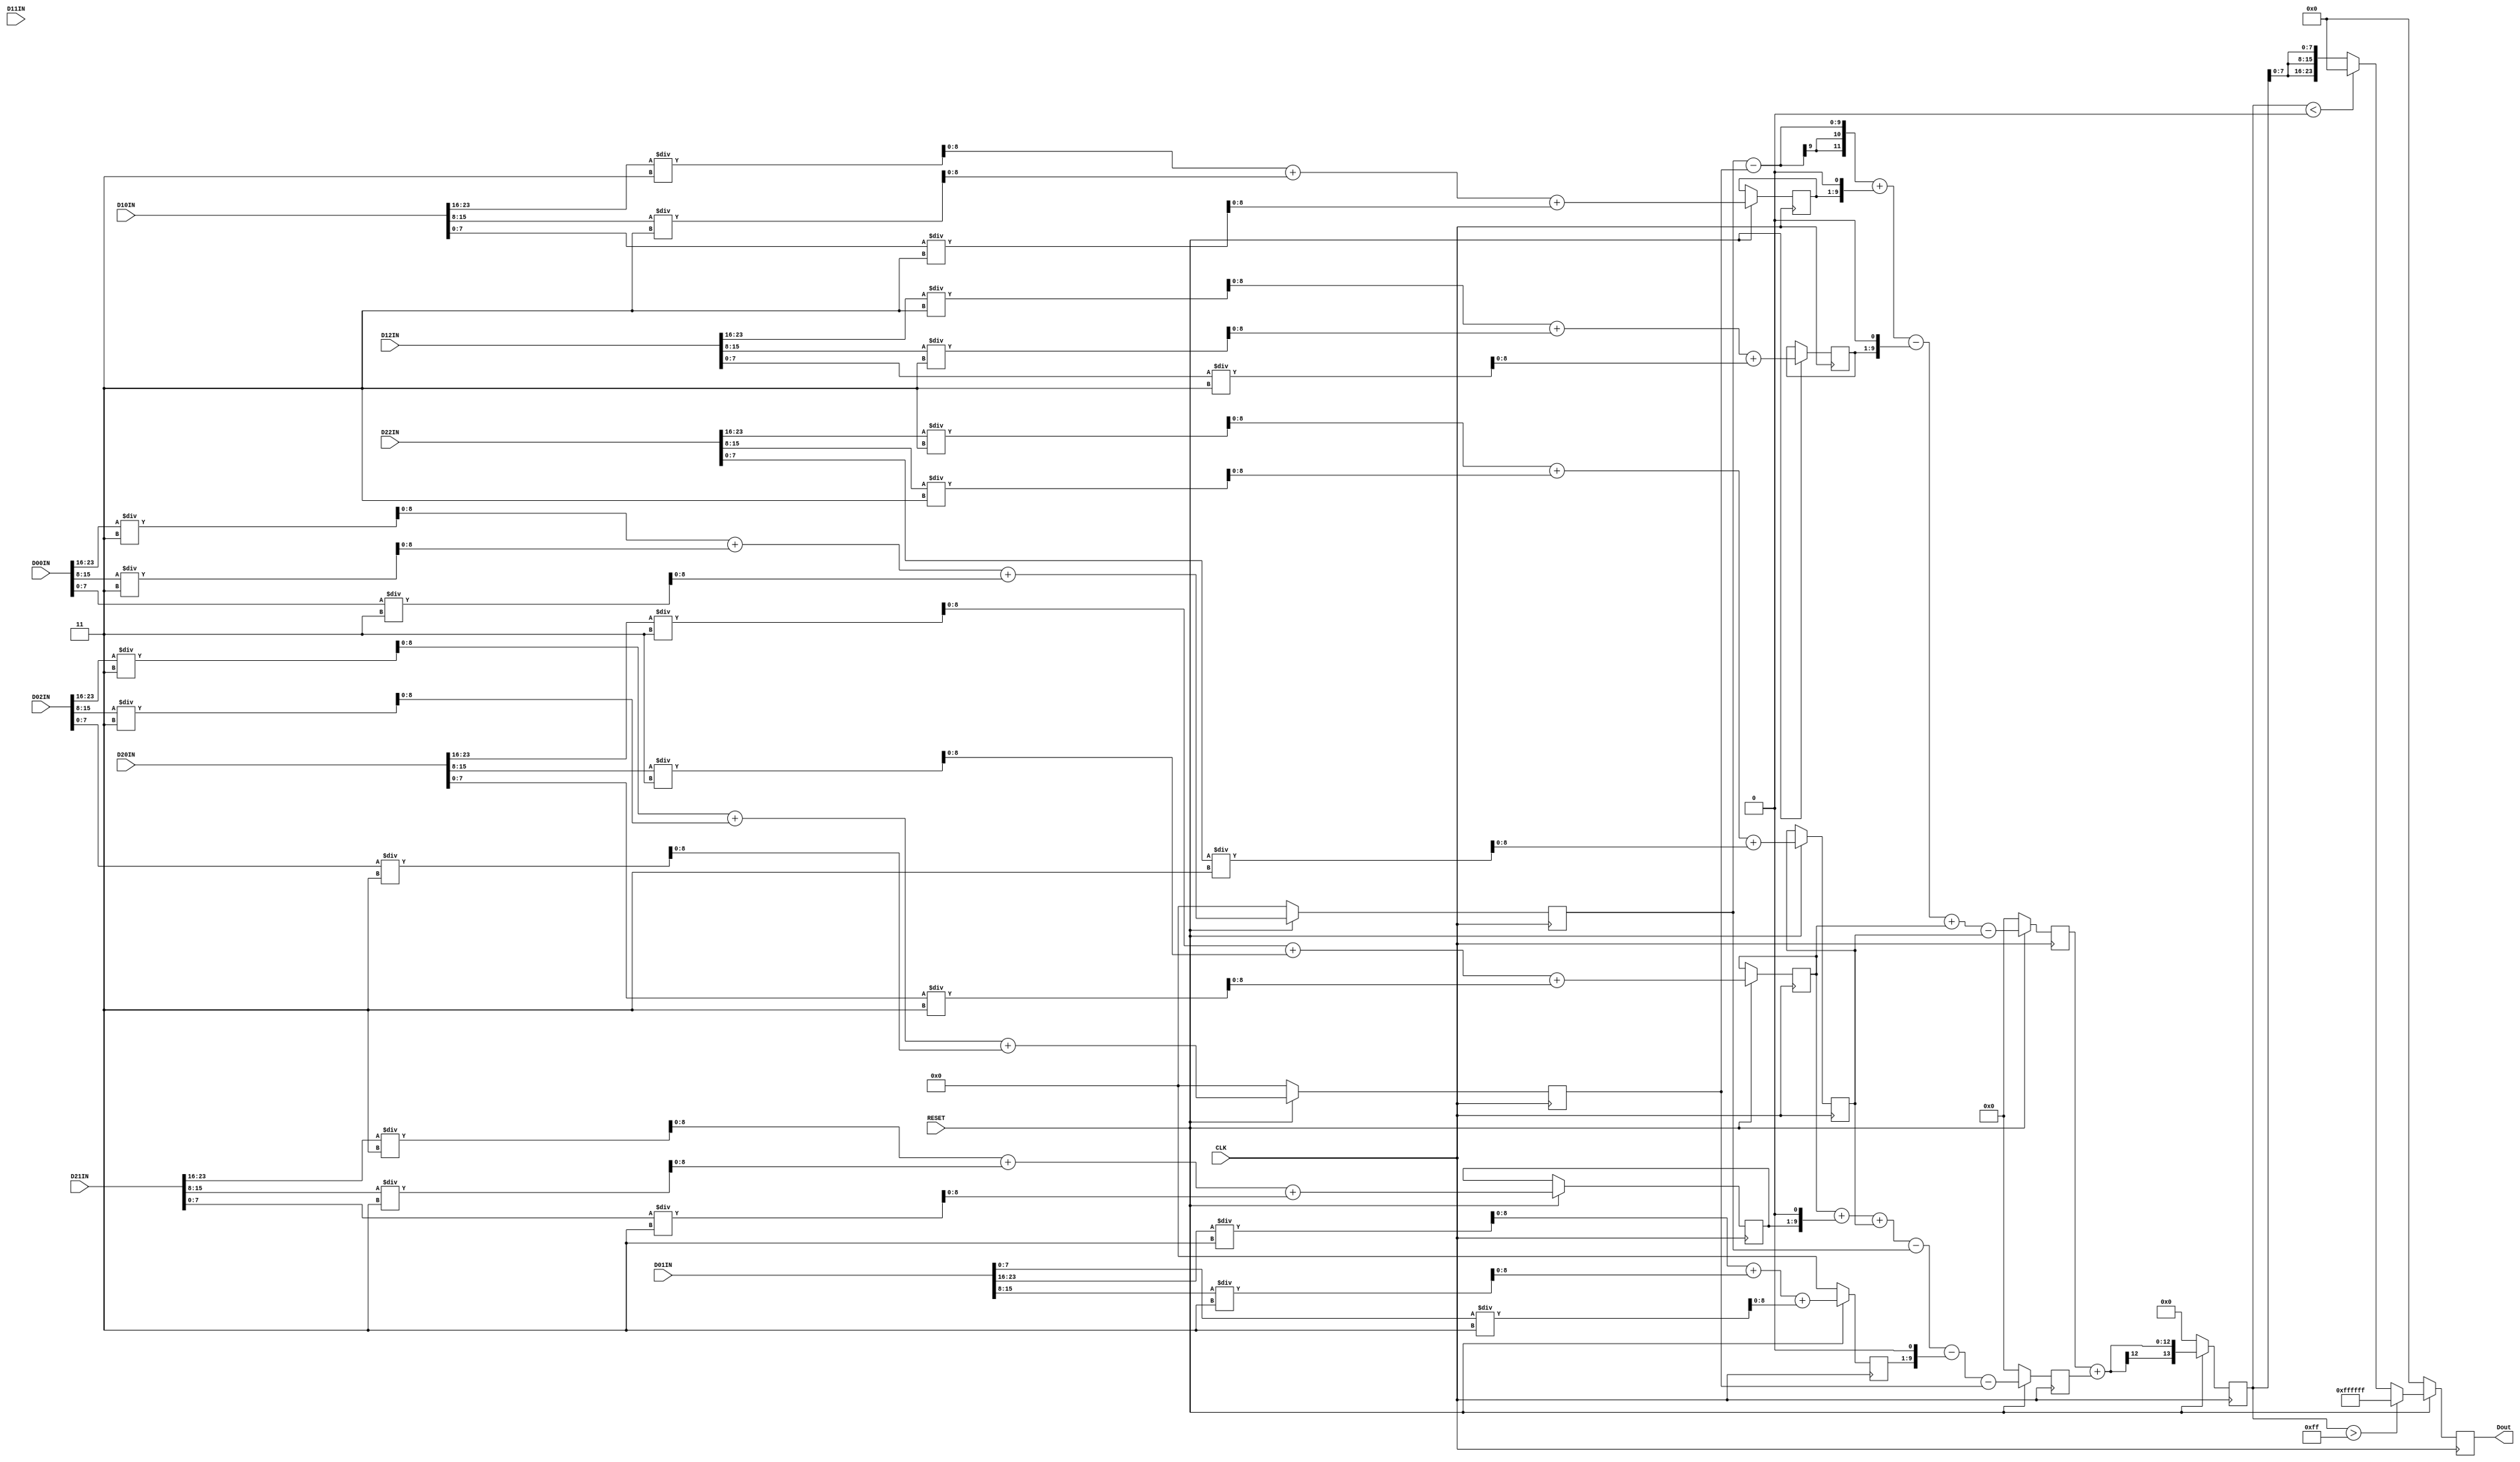
`timescale 1ns / 1ps

module sobel
(
 CLK, RESET,
 D02IN, D01IN, D00IN, // Upper Line
 D12IN, D11IN, D10IN, // Middle Line
 D22IN, D21IN, D20IN, // Under Line
 Dout
);

 input CLK, RESET;
 input [23:0] D02IN,D01IN,D00IN;
 input [23:0] D12IN,D11IN,D10IN;
 input [23:0] D22IN,D21IN,D20IN;
 output reg [23:0] Dout;
 reg signed [11:0] tmp_x, tmp_y;
 reg signed [13:0] tmp;

 //Preprocess for GrayScaling
 reg [8:0] gray00, gray01, gray02;
 reg [8:0] gray10, gray11, gray12;
 reg [8:0] gray20, gray21, gray22;

 always @( posedge CLK ) begin
   if(~RESET) begin gray00 <= 0; gray01 <= 0; gray02 <= 0;
                    gray00 <= 0; gray01 <= 0; gray02 <= 0;
                    gray00 <= 0; gray01 <= 0; gray02 <= 0; end
   else begin
      gray00 <= ((D00IN[23:16]/3) + (D00IN[15:8]/3) + (D00IN[7:0]/3));
      gray01 <= ((D01IN[23:16]/3) + (D01IN[15:8]/3) + (D01IN[7:0]/3));
      gray02 <= ((D02IN[23:16]/3) + (D02IN[15:8]/3) + (D02IN[7:0]/3));
      gray10 <= ((D10IN[23:16]/3) + (D10IN[15:8]/3) + (D10IN[7:0]/3));
      gray11 <= ((D11IN[23:16]/3) + (D11IN[15:8]/3) + (D11IN[7:0]/3));
      gray12 <= ((D12IN[23:16]/3) + (D12IN[15:8]/3) + (D12IN[7:0]/3));
      gray20 <= ((D20IN[23:16]/3) + (D20IN[15:8]/3) + (D20IN[7:0]/3));
      gray21 <= ((D21IN[23:16]/3) + (D21IN[15:8]/3) + (D21IN[7:0]/3));
      gray22 <= ((D22IN[23:16]/3) + (D22IN[15:8]/3) + (D22IN[7:0]/3));
        end
 end


 always @( posedge CLK ) begin
   if(~RESET) begin tmp_x <= 0; tmp_y <= 0; end
   else begin
     tmp_x<=(gray00-gray02+(gray10<<1)-(gray12<<1)+gray20-gray22);
     tmp_y<=(gray20+(gray21<<1)+gray22-gray00-(gray01<<1)-gray02);
        end
 end

//assign tmp = tmp_x*tmp_x + tmp_y*tmp_y;
 always @( posedge CLK ) begin
   if(~RESET) begin tmp <= 0; end
   else begin
      tmp <= tmp_x + tmp_y;
        end
 end

 always @( posedge CLK ) begin
   if(~RESET) begin Dout <= 0; end
   else begin
     Dout <= (tmp>255) ? 24'hffffff : (tmp<0) ? 24'h000000 : {tmp[7:0],tmp[7:0],tmp[7:0]};
        end
 end

 endmodule